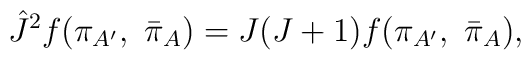
{\hat J}^{2}f(\pi_{A^{\prime}}, \ {\bar \pi}_{A})= J(J+1)f(\pi_{A^{\prime}}, \ {\bar \pi}_{A}),